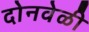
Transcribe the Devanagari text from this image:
दोनवेळी